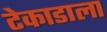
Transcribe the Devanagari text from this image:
टेकाडाला